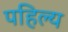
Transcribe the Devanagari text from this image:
पहिल्य